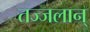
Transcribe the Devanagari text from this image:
तज्जलान्